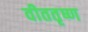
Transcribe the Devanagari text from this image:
वीततृष्ण